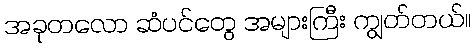
အခုတလော ဆံပင်တွေ အများကြီး ကျွတ်တယ်။